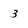
Character: 3